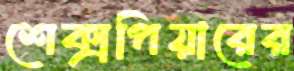
শেক্সপিয়ারের